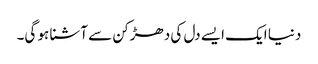
دنیا ایک ایسے دل کی دھڑکن سے آشنا ہو گی۔